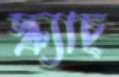
স্ক্র্যাচ্